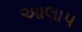
આલાપ